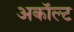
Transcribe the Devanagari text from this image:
अकॉल्ट